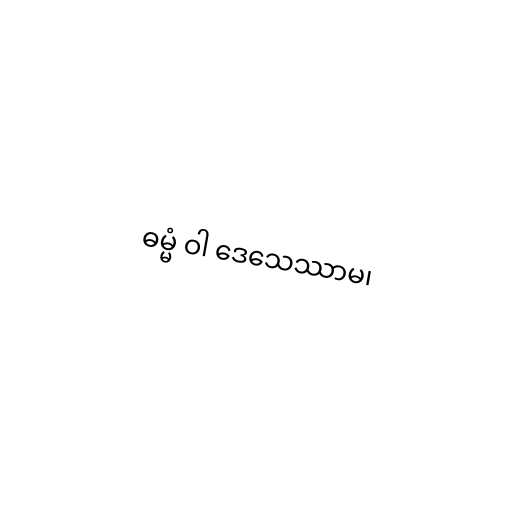
ဓမ္မံ ဝါ ဒေသေဿာမ၊